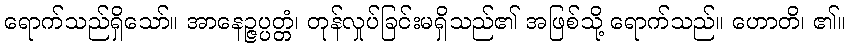
ရောက်သည်ရှိသော်။ အာနေဉ္ဇပ္ပတ္တံ၊ တုန်လှုပ်ခြင်းမရှိသည်၏ အဖြစ်သို့ ရောက်သည်။ ဟောတိ၊ ၏။